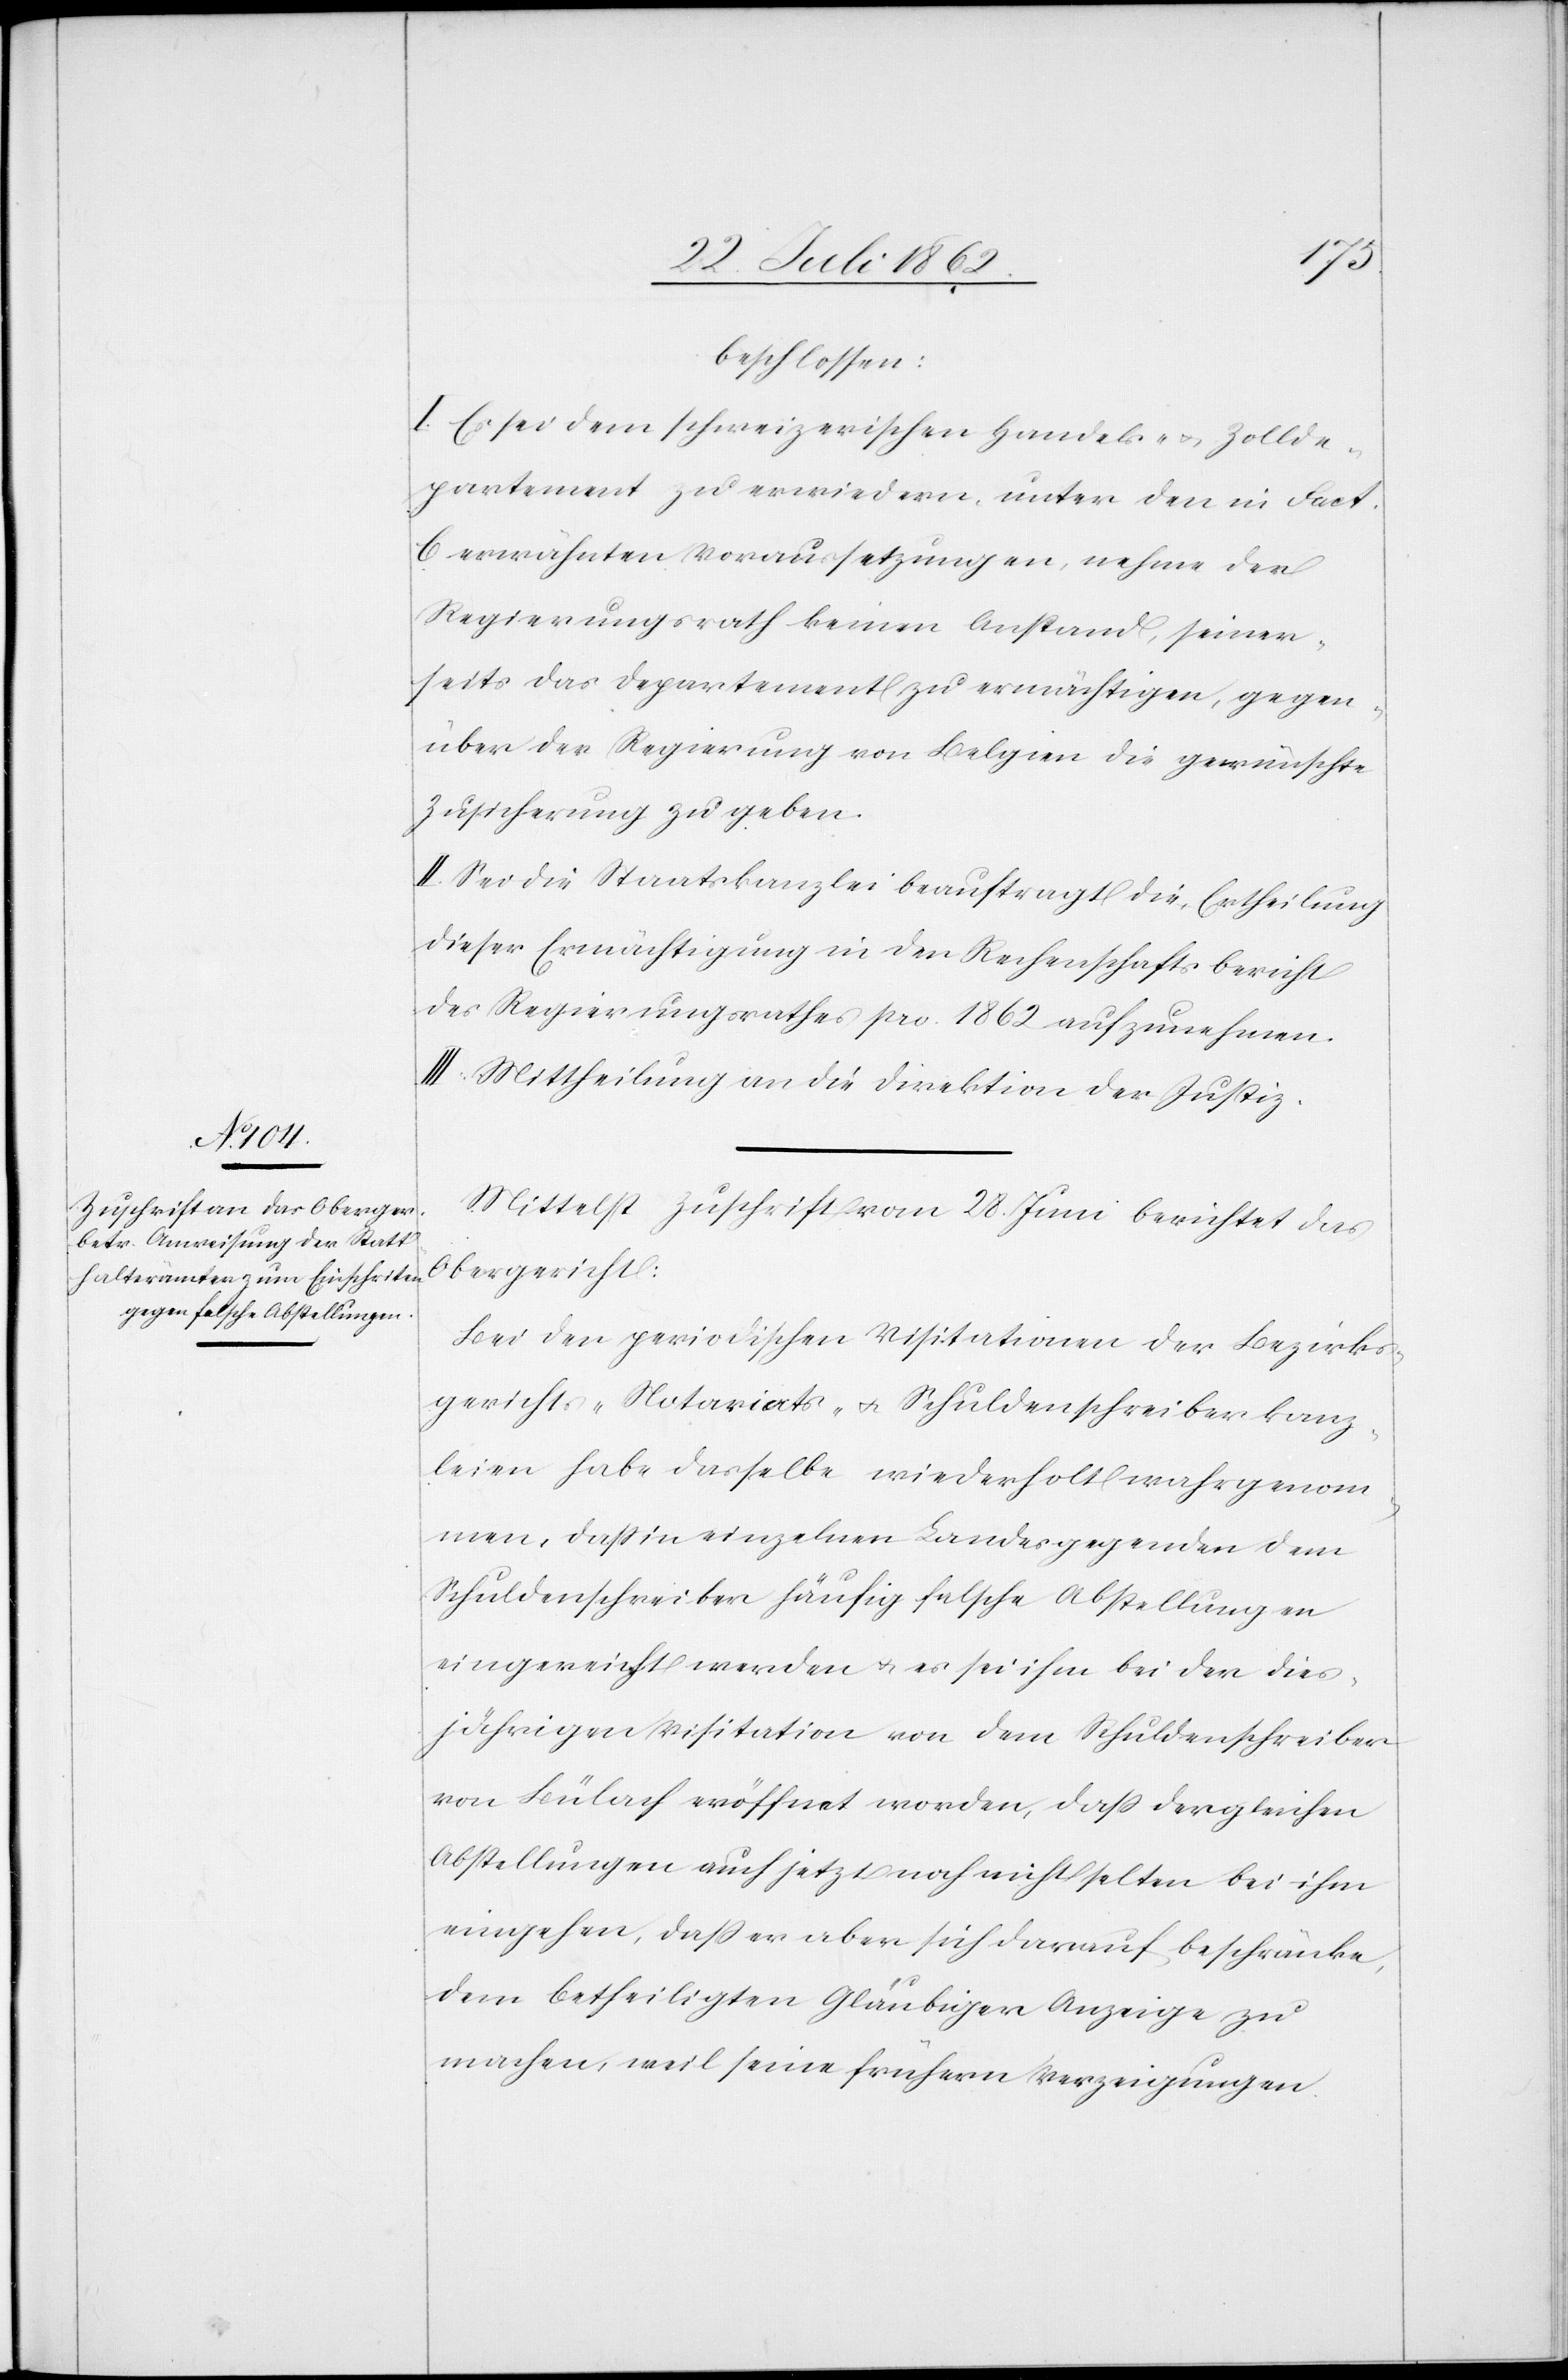
beschlossen:
I. Es sei dem schweizerischen Handels- u. Zollde¬
partement zu erwiedern, unter den im Fact.
C erwähnten Voraussetzungen, nehme der
Regierungsrath keinen Anstand, seiner¬
seits das Departement zu ermächtigen, gegen¬
über der Regierung von Belgien die gewünschte
Zusicherung zu geben.
II. Sei die Staatskanzlei beauftragt die Ertheilung
dieser Ermächtigung in den Rechenschaftsbericht
des Regierungsrathes pro 1862 aufzunehmen.
III. Mittheilung an die Direktion der Justiz.
Mittelst Zuschrift vom 28. Juni berichtet das
Obergericht:
Bei den periodischen Visitationen der Bezirks¬
gerichts-[,] Notariats- u. Schuldenschreiberkanz¬
leien habe dasselbe wiederholt wahrgenom¬
men, daß in einzelnen Landesgegenden dem
Schuldenschreiber häufig falsche Abstellungen
eingereicht werden u. es sei ihm bei der dies¬
jährigen Visitation von dem Schuldenschreiber
von Bülach eröffnet worden, daß dergleichen
Abstellungen auch jetzt noch nicht selten bei ihm
eingehen, daß er aber sich darauf beschränke,
dem betheiligten Gläubiger Anzeige zu
machen, weil seine frühern Verzeigungen